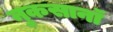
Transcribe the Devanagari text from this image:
नुकसानॉ